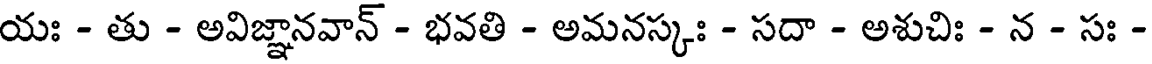
యః - తు - అవిజ్ఞానవాన్ - భవతి - అమనస్కః - సదా - అశుచిః - న - సః -